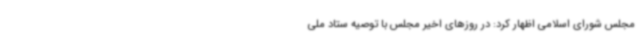
مجلس شورای اسلامی اظهار کرد: در روزهای اخیر مجلس با توصیه ستاد ملی